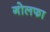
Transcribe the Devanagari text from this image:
गोलफा